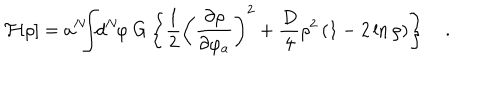
{ \cal F } [ \rho ] = a ^ { N } \! \! \! \int \! \! d ^ { N } \! \varphi \ G \left\{ { \frac { 1 } { 2 } } \left( { \frac { \partial \rho } { \partial \varphi _ { a } } } \right) ^ { 2 } + { \frac { D } { 4 } } \rho ^ { 2 } \left( 1 - 2 \ln \rho \right) \right\} \quad .